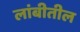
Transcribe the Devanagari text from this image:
लांबीतील